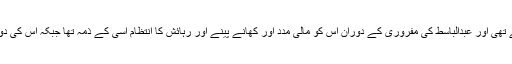
سالک ولد رضوان جو کہ الیکٹرک انجینئر ہے اس کی دوستی عبدالباسط القاعدہ والے سے تھی اور عبدالباسط کی مفروری کے دوران اس کو مالی مدد اور کھانے پینے اور رہائش کا انتظام اسی کے ذمہ تھا جبکہ اس کی دوستی سانحہ صفورا کے سزا یافتہ ملزم اظہر ، عشرت عرف خوبصورت سے بھی تھی ۔